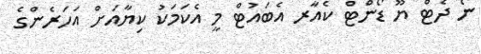
ނޯ ދެޓް ޔޫ ޑޯންޓް ކެއާރ އެބައުޓް މީ އެކަމަކު ކިޔާއަށް އަހަރެންގެ